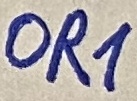
Text: OR1